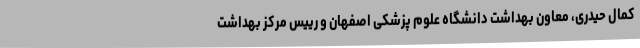
کمال حیدری، معاون بهداشت دانشگاه علوم پزشکی اصفهان و رییس مرکز بهداشت